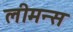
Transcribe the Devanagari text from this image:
लीमन्स